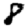
Digit: 8